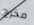
مخرج